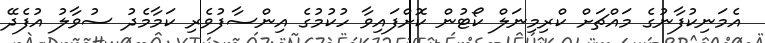
އެމަނިކުފާނުގެ މައްޗަށް ކްރިމިނަލް ކޯޓުން ކޮށްފައިވާ ހުކުމުގެ އިންސާފުވެރި ކަމާމެދު ސުވާލު އުފެދޭ